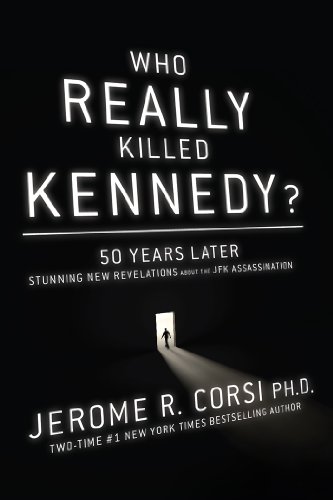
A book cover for Who Really Killed Kennedy?: 50 Years Later: Stunning New Revelations About the JFK Assassination; Jerome Corsi; Biographies & Memoirs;